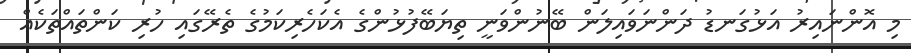
މި އޮންނައިރު އަޅުގަނޑު ދަންނަވައިލަން ބޭނުންވަނީ ތިޔަބޭފުޅުންގެ އެކަހެރިކަމުގެ ތެރޭގައި ހުރި ކަންތައްތަކެއް